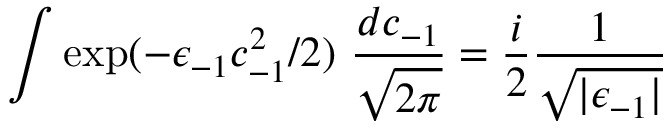
\int \exp ( - \epsilon _ { - 1 } c _ { - 1 } ^ { 2 } / 2 ) \ { \frac { d c _ { - 1 } } { \sqrt { 2 \pi } } } = { \frac { i } { 2 } } { \frac { 1 } { \sqrt { \vert \epsilon _ { - 1 } \vert } } }